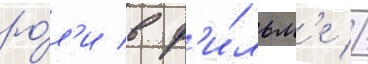
ро́л'и в ф'и́льм'е //